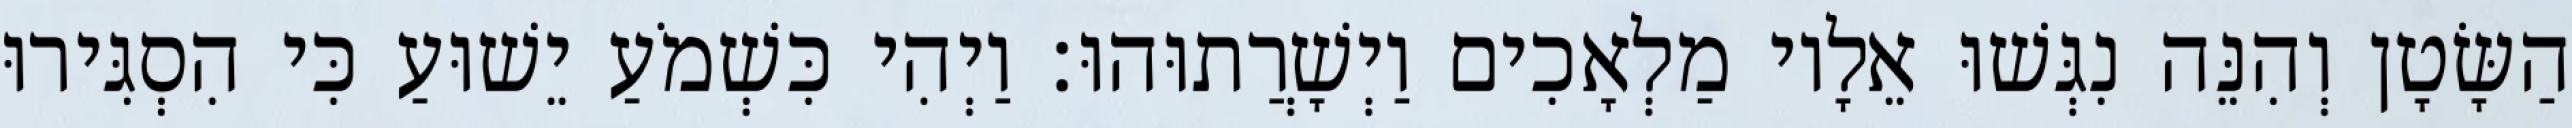
הַשָּׂטָן וְהִנֵּה נִגְּשׁוּ אֵלָיו מַלְאָכִים וַיְשָׁרֲתוּהוּ׃ וַיְהִי כִּשְׁמֹעַ יֵשׁוּעַ כִּי הִסְגִּירוּ